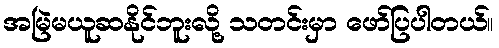
အမြဲမယူဆနိုင်ဘူးလို့ သတင်းမှာ ဖော်ပြပါတယ်။